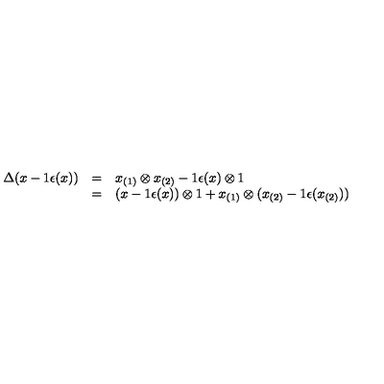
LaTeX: \begin{array} { r c l } { \Delta ( x - 1 \epsilon ( x ) ) } & { = } & { x _ { ( 1 ) } \otimes x _ { ( 2 ) } - 1 \epsilon ( x ) \otimes 1 } \\ { } & { = } & { ( x - 1 \epsilon ( x ) ) \otimes 1 + x _ { ( 1 ) } \otimes ( x _ { ( 2 ) } - 1 \epsilon ( x _ { ( 2 ) } ) ) } \\ \end{array}